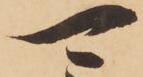
可